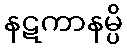
နဋကာနမ္ပိ